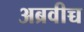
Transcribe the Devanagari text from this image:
अब्रवीच्च